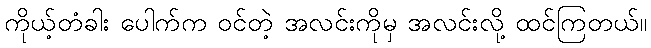
ကိုယ့်တံခါး ပေါက်က ဝင်တဲ့ အလင်းကိုမှ အလင်းလို့ ထင်ကြတယ်။